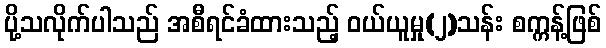
ပို့သလိုက်ပါသည် အစီရင်ခံထားသည့် ဝယ်ယူမှု(၂)သန်း စက္ကန့်ဖြစ်